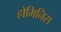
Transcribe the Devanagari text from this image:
होमिनिस